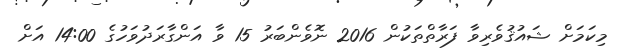
މިކަމަށް ޝައުޤުވެރިވާ ފަރާތްތަކުން 2016 ނޮވެންބަރު 15 ވާ އަންގާރަދުވަހުގެ 14:00 އަށް